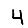
Digit: 4